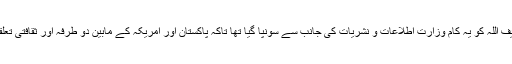
ملتان کے معروف آرٹسٹ حنیف اللہ کو یہ کام وزارت اطلاعات و نشریات کی جانب سے سونپا گیا تھا تاکہ پاکستان اور امریکہ کے مابین دو طرفہ اور ثقافتی تعلقات کو مزید فروغ مل سکے۔